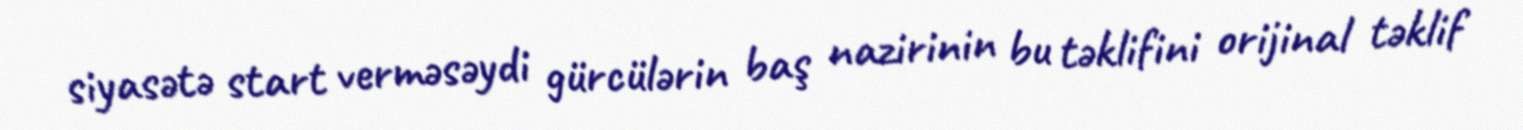
siyasətə start verməsəydi gürcülərin baş nazirinin bu təklifini orijinal təklif